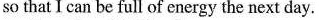
so that I can be full of energy the next day.